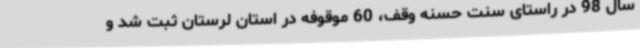
سال‌ 98 در راستای سنت حسنه وقف، 60 موقوفه در استان لرستان ثبت شد و